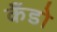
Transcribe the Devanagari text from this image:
कँडो